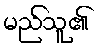
မည်သူ၏